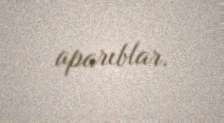
aparıblar.